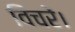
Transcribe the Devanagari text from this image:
विचरें।